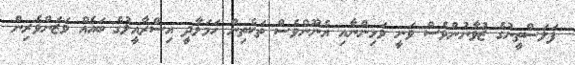
ފަލަސްތީނުގެ ޒުވާނުންވެސް ވަނީ ވަޅިންނާއި އެނޫންވެސް ތަކެތިން ހަމަލާދީ އިސްރާއީލުގެ ބައެއް ވަޒަންވެރިން